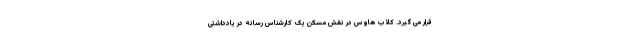
قرار می گیرد. کلاب هاوس در نقش مُسکّن یک کارشناس رسانه در یادداشتی